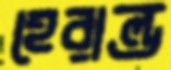
হেরাল্ড